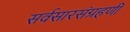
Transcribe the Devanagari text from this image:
सर्वसारसंग्रहणी